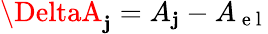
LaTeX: \DeltaA_{\mathbf{j}}=A_{\mathbf{j}}-A_{\mathrm{{~e~l~}}}